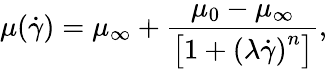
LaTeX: \mu(\dot{\gamma})=\mu_{\infty}+\frac{\mu_{0}-\mu_{\infty}}{{\left[1+{(\lambda\dot{\gamma})}^{n}\right]}},